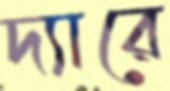
দ্যারে